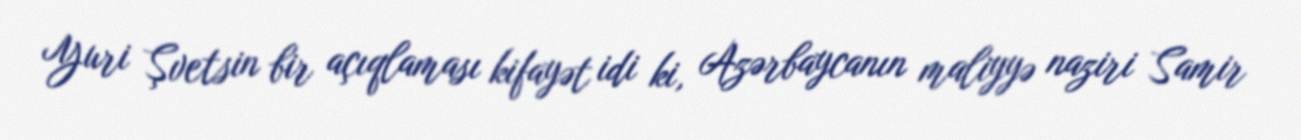
Yuri Şvetsin bir açıqlaması kifayət idi ki, Azərbaycanın maliyyə naziri Samir